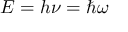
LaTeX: E = h \nu = \hbar \omega \,